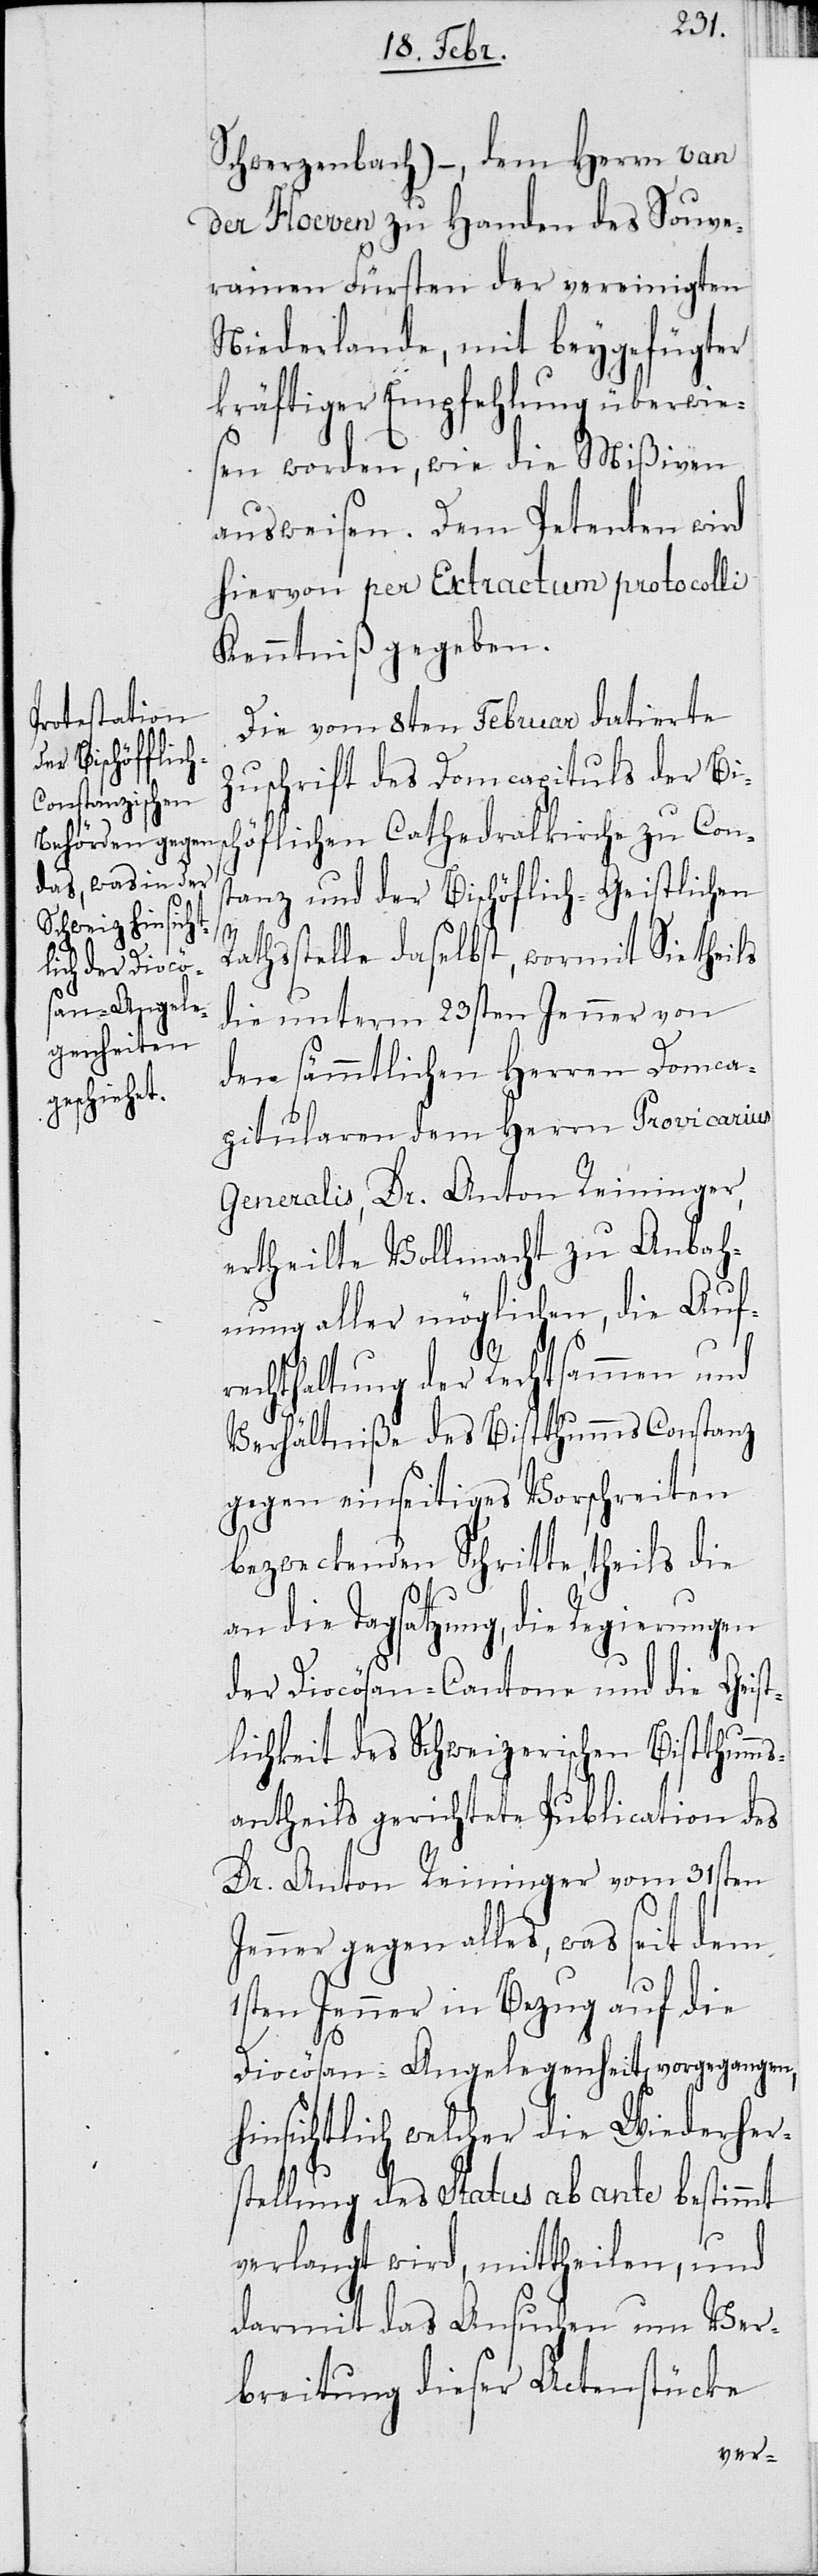
Schwerzenbach) –, dem Herrn van
der Hoeven zu Handen des Souve¬
rainen Fürsten der vereinigten
Niederlande, mit beygefügter
kräftiger Empfehlung überwie¬
sen worden, wie die Mißiven
ausweisen. Dem Petenten wird
hiervon per Extractum protocolli
Kenntniß gegeben.
Die vom 8ten Februar datierte
Zuschrift des Domcapituls der Bis¬
chöflichen Cathedralkirche zu Cons¬
tanz und der Bischöflich-Geistlichen
Rathsstelle daselbst, wormit Sie theils
die unterm 23sten Jenner von
den sämmtlichen Herren Domca¬
pitularen dem Herrn Provicarius
Generalis, Dr. Anton Reininger,
ertheilte Vollmacht zu Anbah¬
nung aller möglichen, die Auf¬
rechthaltung der Rechtsammen und
Verhältniße des Bistthumms Constanz
gegen einseitiges Vorschreiten
bezweckenden Schritte, theils die
an die Tagsatzung, die Regierungen
der Diocösan-Cantone und die Geist¬
lichkeit des Schweizerischen Bistthumms¬
antheils gerichtete Publication des
Dr. Anton Reininger vom 31sten
Jenner gegen alles, was seit dem
1sten Jenner in Bezug auf die
Diocösan-Angelegenheiten vorgegangen,
hinsichtlich welcher die Wiederher¬
stellung des Status ab ante bestimmt
verlangt wird, mittheilen, und
darmit das Ansuchen um Ver¬
breitung dieser Actenstücke